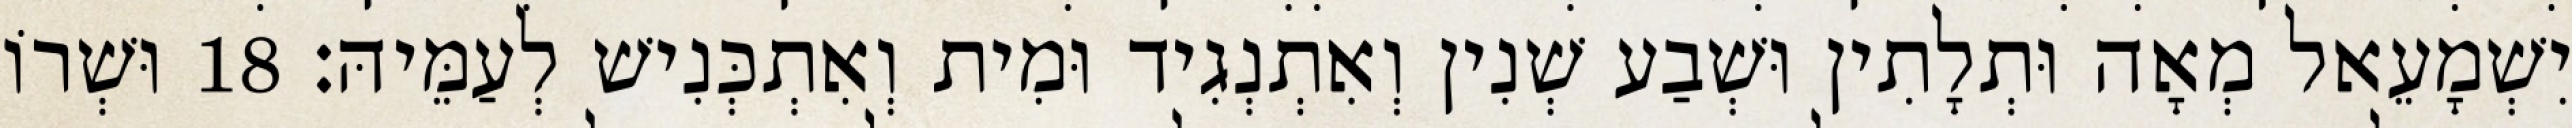
יִשְׁמָעֵאל מְאָה וּתְלָתִין וּשְׁבַע שְׁנִין וְאִתְנְגִיד וּמִית וְאִתְכְּנִישׁ לְעַמֵּיהּ׃ 18 וּשְׁרוֹ